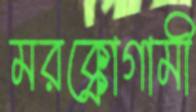
মরক্কোগামী